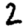
Digit: 2